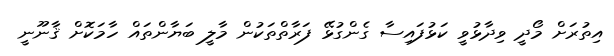
އިތުރަށް މޯދީ ވިދާޅުވީ ކަޅުފައިސާ ގެންގުޅޭ ފަރާތްތަކުން މާލީ ބަޔާންތައް ހާމަކޮށް ޤާނޫނީ